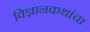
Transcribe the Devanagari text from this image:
विज्ञानकथांचा